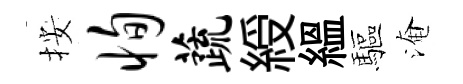
按恂蔬綬緼驅淹